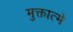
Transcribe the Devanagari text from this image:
मुक्तात्मे